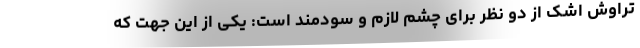
تراوش اشک از دو نظر برای چشم لازم و سودمند است: یکی از این جهت که